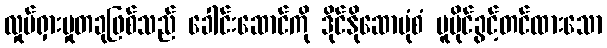
လှုပ်ရှားမှုတခုဖြစ်သည် ခေါင်းဆောင်ကို ဒိုင်နိုဆောပုံစံ မူပိုင်ခွင့်တင်ထားသော